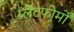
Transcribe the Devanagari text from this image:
प्लेटफोर्मों